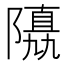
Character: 𨼡